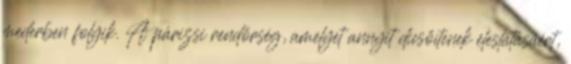
mederben folyik. A párizsi rendőrség, amelyet annyit dicsőítenek éleslátásáért,